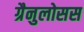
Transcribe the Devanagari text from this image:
ग्रैनुलोसस